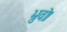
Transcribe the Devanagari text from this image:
भ्रुवोः।